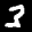
Label: 3